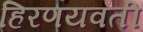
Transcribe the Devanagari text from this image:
हिरणयवती